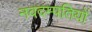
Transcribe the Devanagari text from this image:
नवदम्पतियों